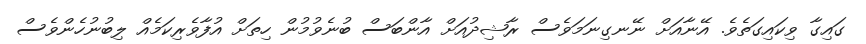
ގައިގާ ވިކައިގަތެވެ. އޭނާއަށް ނޭނގިނަމަވެސް ރާޝިދުއަށް އާންބަސް ބުނެވުމުން ހިތަށް އުފާވެރިކަމެއް ލިބުނުހެންވެސް